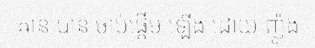
ឝាន បាន ចាប់ផ្តើម ឡើង ដោយ ញ៉ូង